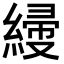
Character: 𦃌